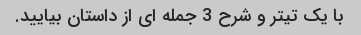
با یک تیتر و شرح 3 جمله ای از داستان بیایید.